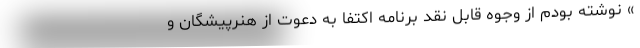
» نوشته بودم از وجوه قابل نقد برنامه اکتفا به دعوت از هنرپیشگان و